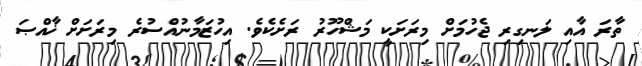
ތާރަ އާއި ލަނގިރި ޖެހުމަށް މިރަށަކީ މަޝްހޫރު ރަށެކެވެ. އިހުޒަމާނުއްސުރެ މިރަށަށް ޚާއްޞަ